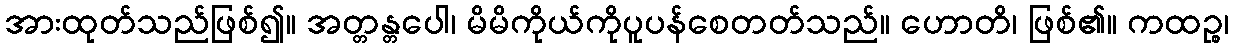
အားထုတ်သည်ဖြစ်၍။ အတ္တန္တပေါ၊ မိမိကိုယ်ကိုပူပန်စေတတ်သည်။ ဟောတိ၊ ဖြစ်၏။ ကထဉ္စ၊